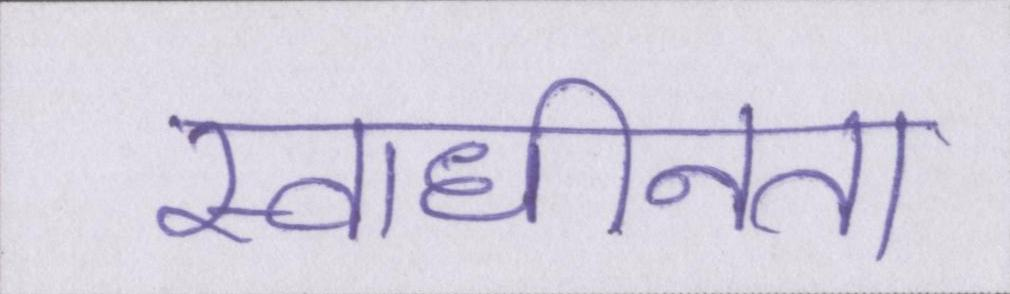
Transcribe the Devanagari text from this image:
स्वाधीनता